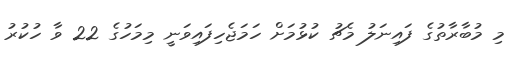
މި މުބާރާތުގެ ފައިނަލު މެޗު ކުޅުމަށް ހަމަޖެހިފައިވަނީ މިމަހުގެ 22 ވާ ހުކުރު